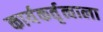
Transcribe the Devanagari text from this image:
कार्यकर्तृत्वाला